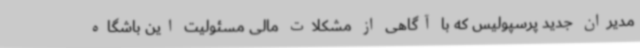
مدیران جدید پرسپولیس که با آگاهی از مشکلات مالی مسئولیت این باشگاه